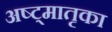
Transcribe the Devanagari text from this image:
अष्ट्मातृका